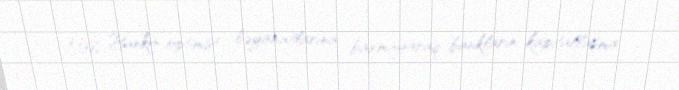
Milli Bankın optimist bəyanatlarına baxmayaraq, bankların kapitallaşma